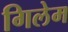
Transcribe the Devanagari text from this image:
गिलेम